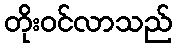
တိုးဝင်လာသည်